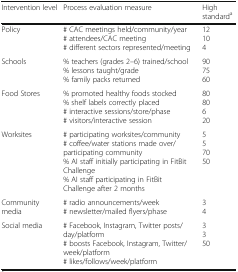
<table><thead><tr><td><b>Intervention level</b></td><td><b>Process evaluation measure</b></td><td><b>High standard<sup>a</sup></b></td></tr></thead><tbody><tr><td>Policy</td><td># CAC meetings held/community/year# attendees/CAC meeting# different sectors represented/meeting</td><td>12104</td></tr><tr><td>Schools</td><td>% teachers (grades 2–6) trained/school% lessons taught/grade% family packs returned</td><td>907560</td></tr><tr><td>Food Stores</td><td>% promoted healthy foods stocked% shelf labels correctly placed# interactive sessions/store/phase# visitors/interactive session</td><td>8080620</td></tr><tr><td>Worksites</td><td># participating worksites/community# coffee/water stations made over/participating community% AI staff initially participating in FitBit Challenge% AI staff participating in FitBit Challenge after 2 months</td><td>557050</td></tr><tr><td>Community media</td><td># radio announcements/week# newsletter/mailed flyers/phase</td><td>34</td></tr><tr><td>Social media</td><td># Facebook, Instagram, Twitter posts/day/platform# boosts Facebook, Instagram, Twitter/week/platform# likes/follows/week/platform</td><td>3350</td></tr></tbody></table>